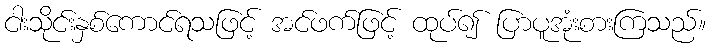
ငါးသိုင်းနှစ်ကောင်ရသဖြင့် အင်ဖက်ဖြင့် ထုပ်၍ ပြာပူအုံးစားကြသည်။